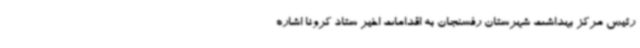
رئیس مرکز بهداشت شهرستان رفسنجان به اقدامات اخیر ستاد کرونا اشاره